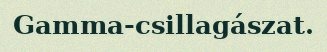
Gamma-csillagászat.